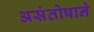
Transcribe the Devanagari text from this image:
असंतोषाने